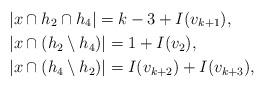
LaTeX: \begin{align*}& |x \cap h_2 \cap h_4| = k - 3 + I(v_{k+1}), \\& |x \cap (h_2 \setminus h_4)| = 1 + I(v_2), \\& |x \cap (h_4 \setminus h_2)| = I(v_{k + 2}) + I(v_{k + 3}),\end{align*}